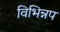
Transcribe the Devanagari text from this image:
विभिन्नप